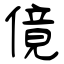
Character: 傹